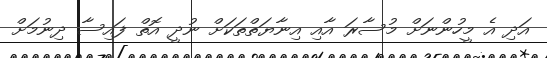
އަދި އެ މީހުންނަށް މުސާރަ އާއި އިނާޔަތްތަކަށް ނުދީ އޮތް ފައިސާ ދިނުމަށް